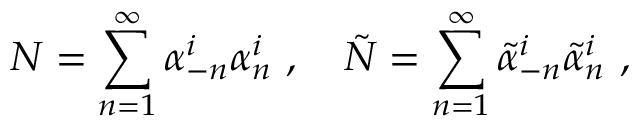
N = \sum _ { n = 1 } ^ { \infty } \alpha _ { - n } ^ { i } \alpha _ { n } ^ { i } ~ , ~ ~ ~ \tilde { N } = \sum _ { n = 1 } ^ { \infty } \tilde { \alpha } _ { - n } ^ { i } \tilde { \alpha } _ { n } ^ { i } \ ,